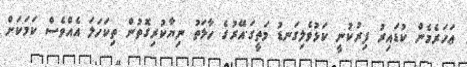
ޢަހަރެމެން ކުޑައިރު ފިރުކުނީ ކަޅުވެލިގަނޑު މަތީގަ.އޭރުގެ ހާލަތު ނިޔާކުރިގޮތުން ތިކަހަލަ އެއްވެސް ކަމަކަށް